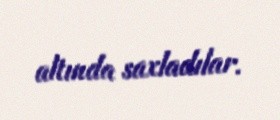
altında saxladılar.